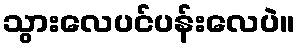
သွားလေပင်ပန်းလေပဲ။